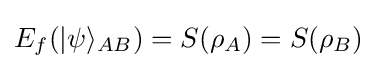
E_{f}(|\psi \rangle _{AB})=S(\rho _{A})=S(\rho _{B})